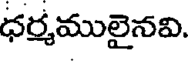
ధర్మములైనవి.